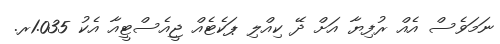
ނަމަވެސް އެއް ރުފިޔާ އަށް ދޭ ކިއްލި ޕަކެޓެއް ޖީއެސްޓީއާ އެކު 1.035ރ.